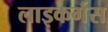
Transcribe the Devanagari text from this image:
लाइकर्गस